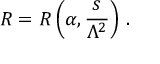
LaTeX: R = R \left( \alpha , { \frac { s } { \Lambda ^ { 2 } } } \right) \, .